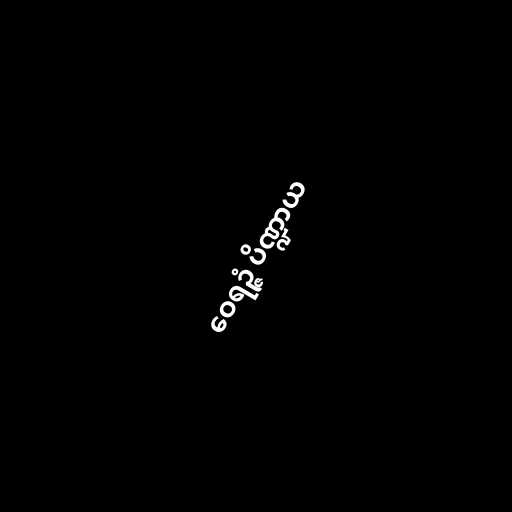
ဝေရဉ္ဇံ ပိဏ္ဍာယ